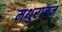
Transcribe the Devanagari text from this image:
मथुराजन